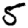
Digit: 5